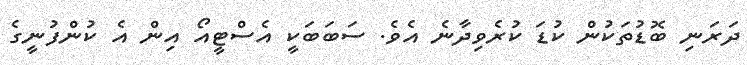
ދަރަނި ބޮޑުތަކުން ކުޑަ ކުރެވިދާނެ އެވެ. ސަބަބަކީ އެސްޓީއޯ އިން އެ ކުންފުނީގެ